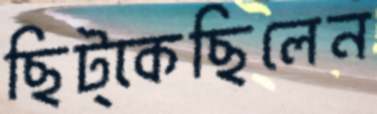
ছিট্‌কেছিলেন